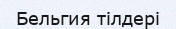
Бельгия тілдері